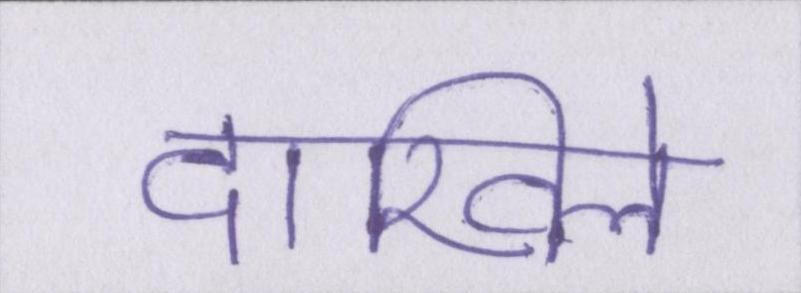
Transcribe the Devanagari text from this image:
दाखिले